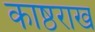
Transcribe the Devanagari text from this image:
काष्ठराख